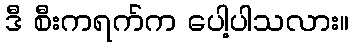
ဒီ စီးကရက်က ပေါ့ပါသလား။